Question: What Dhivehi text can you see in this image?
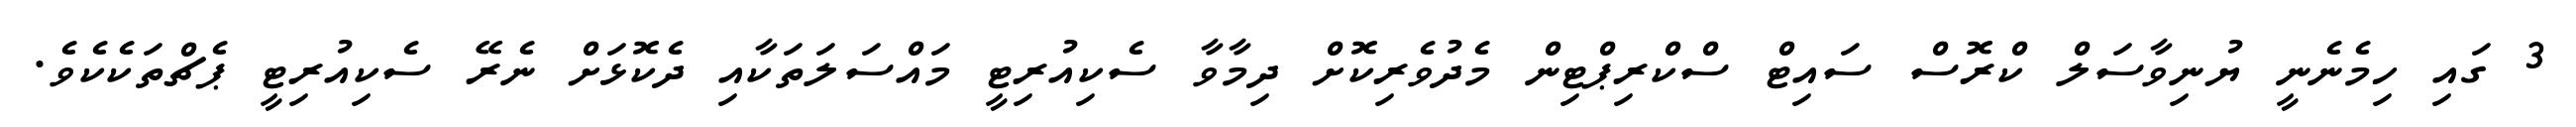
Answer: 3 ގައި ހިމެނެނީ ޔުނިވާސަލް ކްރޮސް ސައިޓް ސްކްރިޕްޓިން މެދުވެރިކޮށް ދިމާވާ ސެކިއުރިޓީ މައްސަލަތަކާއި ދެކޮޅަށް ނެރޭ ސެކިއުރިޓީ ޕެޗްތަކެކެވެ.